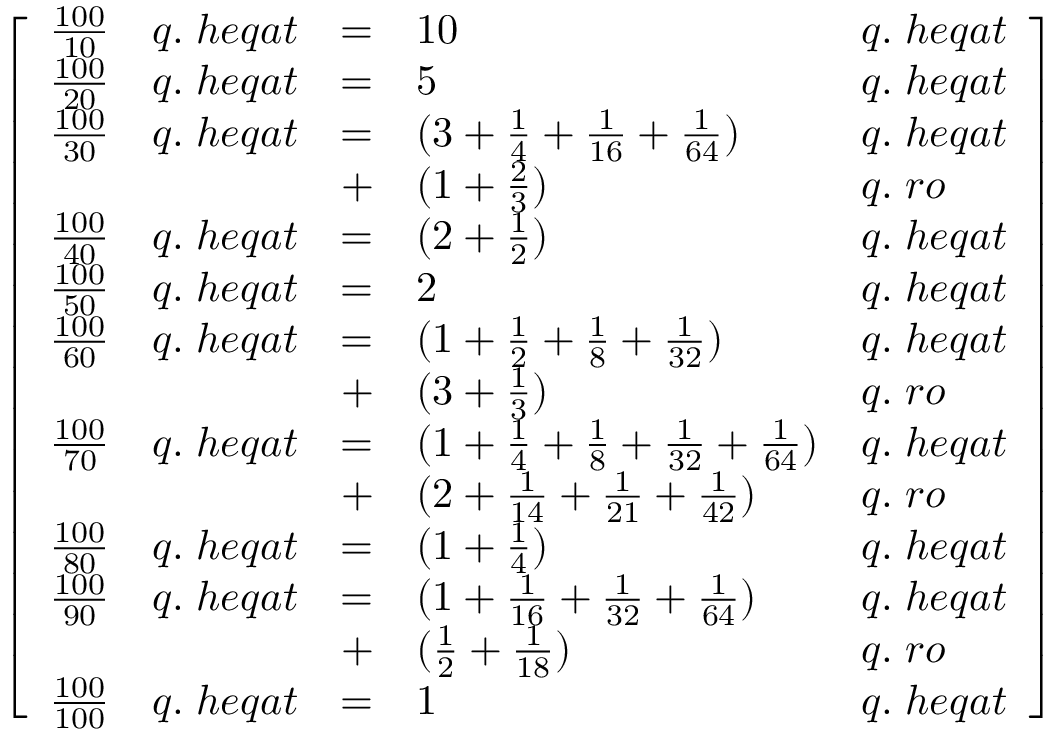
{ \left[ \begin{array} { l l l l l } { { \frac { 1 0 0 } { 1 0 } } } & { q . \; h e q a t } & { = } & { 1 0 } & { q . \; h e q a t } \\ { { \frac { 1 0 0 } { 2 0 } } } & { q . \; h e q a t } & { = } & { 5 } & { q . \; h e q a t } \\ { { \frac { 1 0 0 } { 3 0 } } } & { q . \; h e q a t } & { = } & { ( 3 + { \frac { 1 } { 4 } } + { \frac { 1 } { 1 6 } } + { \frac { 1 } { 6 4 } } ) } & { q . \; h e q a t } \\ & & { + } & { ( 1 + { \frac { 2 } { 3 } } ) } & { q . \; r o } \\ { { \frac { 1 0 0 } { 4 0 } } } & { q . \; h e q a t } & { = } & { ( 2 + { \frac { 1 } { 2 } } ) } & { q . \; h e q a t } \\ { { \frac { 1 0 0 } { 5 0 } } } & { q . \; h e q a t } & { = } & { 2 } & { q . \; h e q a t } \\ { { \frac { 1 0 0 } { 6 0 } } } & { q . \; h e q a t } & { = } & { ( 1 + { \frac { 1 } { 2 } } + { \frac { 1 } { 8 } } + { \frac { 1 } { 3 2 } } ) } & { q . \; h e q a t } \\ & & { + } & { ( 3 + { \frac { 1 } { 3 } } ) } & { q . \; r o } \\ { { \frac { 1 0 0 } { 7 0 } } } & { q . \; h e q a t } & { = } & { ( 1 + { \frac { 1 } { 4 } } + { \frac { 1 } { 8 } } + { \frac { 1 } { 3 2 } } + { \frac { 1 } { 6 4 } } ) } & { q . \; h e q a t } \\ & & { + } & { ( 2 + { \frac { 1 } { 1 4 } } + { \frac { 1 } { 2 1 } } + { \frac { 1 } { 4 2 } } ) } & { q . \; r o } \\ { { \frac { 1 0 0 } { 8 0 } } } & { q . \; h e q a t } & { = } & { ( 1 + { \frac { 1 } { 4 } } ) } & { q . \; h e q a t } \\ { { \frac { 1 0 0 } { 9 0 } } } & { q . \; h e q a t } & { = } & { ( 1 + { \frac { 1 } { 1 6 } } + { \frac { 1 } { 3 2 } } + { \frac { 1 } { 6 4 } } ) } & { q . \; h e q a t } \\ & & { + } & { ( { \frac { 1 } { 2 } } + { \frac { 1 } { 1 8 } } ) } & { q . \; r o } \\ { { \frac { 1 0 0 } { 1 0 0 } } } & { q . \; h e q a t } & { = } & { 1 } & { q . \; h e q a t } \end{array} \right] }